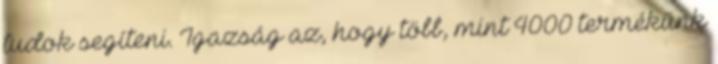
tudok segíteni. Igazság az, hogy több, mint 4000 termékünk